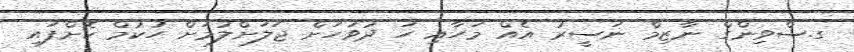
ގ.ސްވިންގް ނާޒިމް ނަސީރު އެއް މަހާއި ހަ ދުވަހަށް ޖަލަށްލުމަށް ހުކުމް ކޮށްފައި